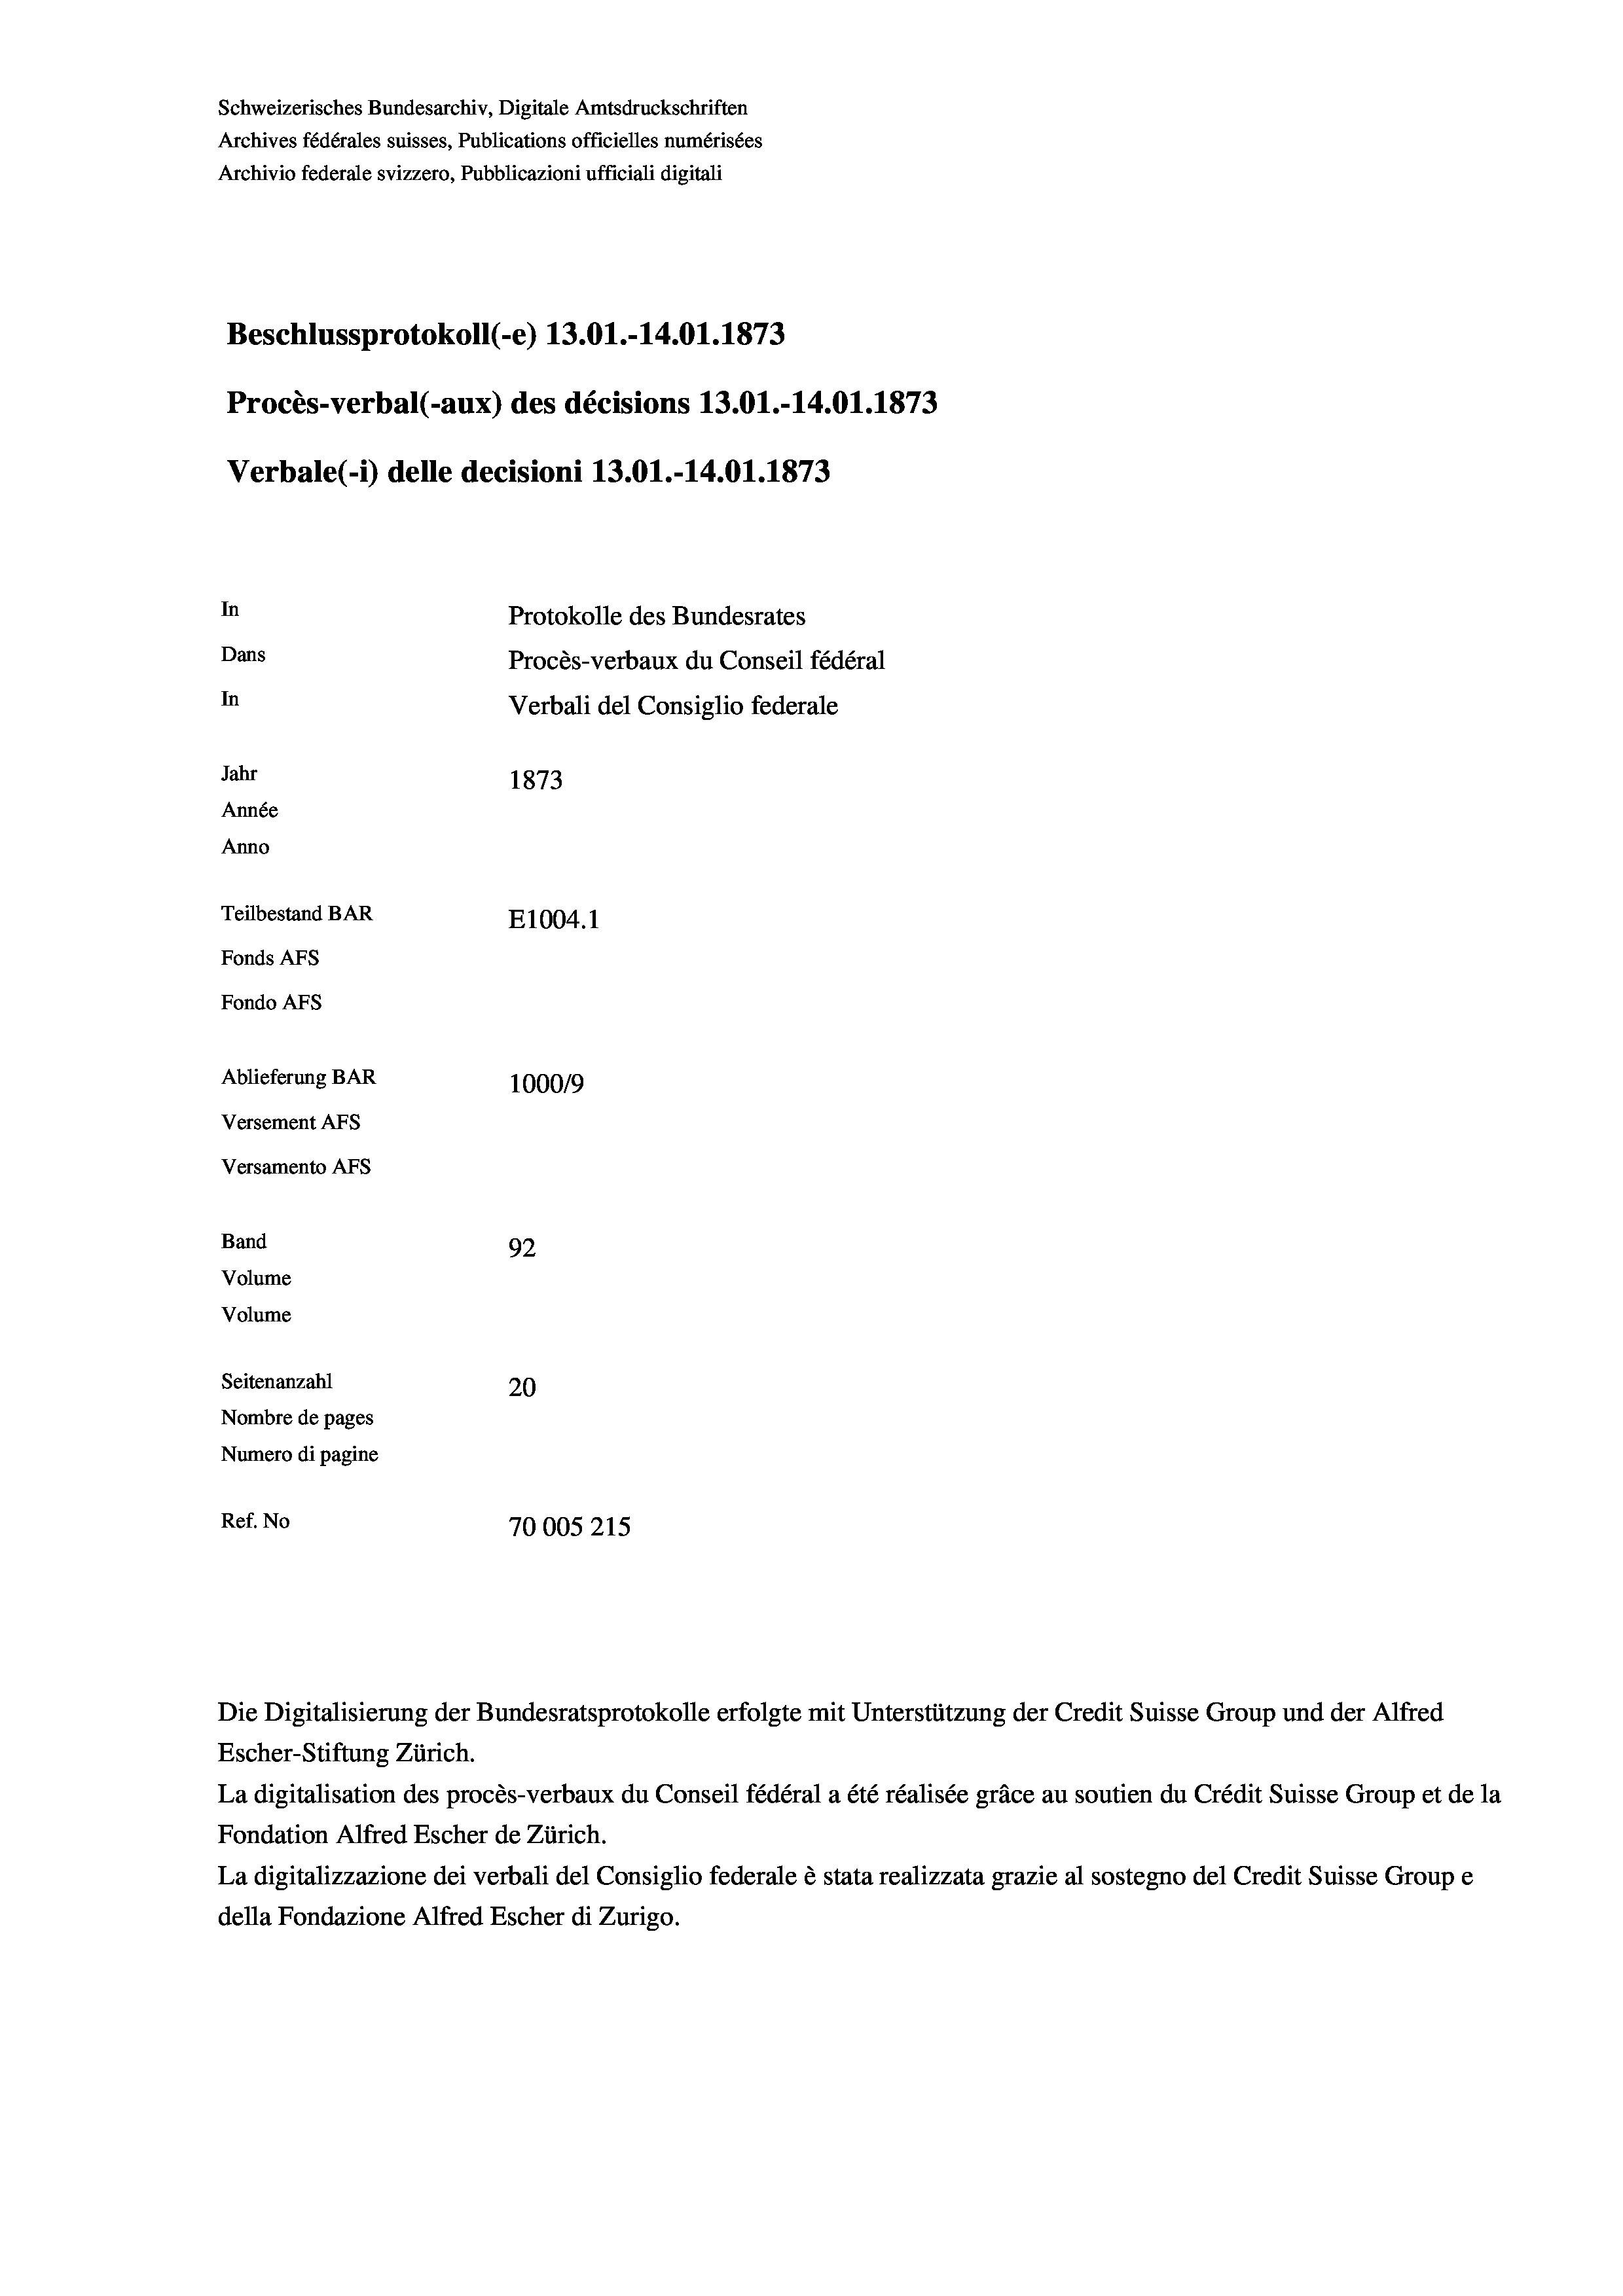
Schweizerisches Bundesarchiv, Digitale Amtsdruckschriften
Archives fédérales suisses, Publications officielles numérisées
Archivio federale svizzero, Pubblicazioni ufficiali digitali
Beschlussprotokoll (-e) 13.01.-14.01. 1873
Procès-verbal (-aux) des décisions 13.01.-14.01. 1873
Verbale(-*) delle decisioni 13.01.-14.01. 1873
In
Protokolle des Bundesrates
Dans
Procès-verbaux du Conseil fédéral
In
Verbali del Consiglio federale
Jahr
1873
Année
Anno
Teilbestand BAR
E1004. 1
Fonds AFs
Fondo AFs
Ablieferung BAR
100019
Versement AFs
Versamento AFs
Band
92

Seitenanzahl
20
Nombre de pages
Numero di pagine
Ref. No
70005215

Volume
Volume

Escher-Stiftung Zürich.
La digitalisation des procès-verbaux du Conseil fédéral a été réalisée gräce au soutien du Crédit Suisse Group et de la
Fondation Alfred Escher de Zürich.
La digitalizzazione dei verbali del Consiglio federale è stata realizzata grazie al sostegno del Credit Suisse Groupe
della Fondazione Alfred Escher di Zurigo.

Die Digitalisierung der Bundesratsprotokolle erfolgte mit Unterstützung der Credit Suisse Group und der Alfred